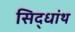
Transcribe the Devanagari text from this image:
सिद्धांथ